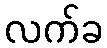
လက်ခ